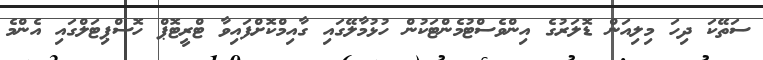
ސަތޭކަ ދިހަ މިލިއަން ޑޮލަރުގެ އިންވެސްޓުމެންޓަކުން ހުޅުމާލޭގައި ގާއިމްކޮށްފައިވާ ޓްރީޓޮޕް ހޮސްޕިޓަލްގައި އެންމެ